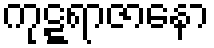
ကုဋ္ဋရာဇာနော